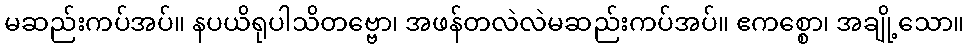
မဆည်းကပ်အပ်။ နပယိရုပါသိတဗ္ဗော၊ အဖန်တလဲလဲမဆည်းကပ်အပ်။ ဧကစ္စော၊ အချို့သော။